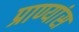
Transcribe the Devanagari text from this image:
प्राण्यांस